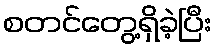
စတင်တွေ့ရှိခဲ့ပြီး